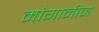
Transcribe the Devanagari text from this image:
मांगानीज